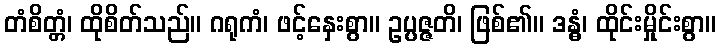
တံစိတ္တံ၊ ထိုစိတ်သည်။ ဂရုကံ၊ ဖင့်နှေးစွာ။ ဥပ္ပဇ္ဇတိ၊ ဖြစ်၏။ ဒန္ဓံ၊ ထိုင်းမှိုင်းစွာ။